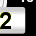
Digit: 2